system: You are a helpful assistant.
user:
Analyze the provided spectrum to determine if it is a **Carbon Star (C-type)**.

- **Key Visual Indicators of Carbon Star:**
    - **(Primary):** Strong molecular absorption from **C₂ (diatomic carbon) "Swan Bands."** This is the **defining feature** of a carbon star.
        - **(Key Bandheads):** Sharp absorption edges are visible at approximately $5635$ Å, $5165$ Å (the strongest band), and $4737$ Å.
        - **(Line Profile):** Creates a distinct **"saw-tooth"** pattern. The key morphology is a sharp, steep bandhead on the **red (long-wavelength) side**, which then gradually tapers off (i.e., flux recovers) towards the **blue (short-wavelength) side**. *(This is the direct opposite of the TiO bands seen in M-type stars)*.

    - **(Secondary):** Intense **CN (cyanogen)** molecular absorption bands.
        - **(Key Bandheads):** Located in the blue and violet regions of the spectrum (e.g., near $4215$ Å and $3883$ Å).
        - **(Morphology):** These bands are extremely broad and act as a "blanket," absorbing the vast majority of blue and violet light. This creates a characteristic **"cliff"** or **"steep drop-off"** in the spectrum's flux at short wavelengths.

    - **(Key Confirmation):** Strong **CH absorption band (G-band)**.
        - **(Key Bandhead):** Located around $4300$ Å. The contribution from CH molecules to this band is exceptionally strong.

    - **(Overall Spectrum):**
        - The continuum is severely "chopped up" by these deep molecular bands, especially C₂, rather than appearing as a smooth curve.
        - Due to the heavy CN and C₂ absorption in the blue-green, the vast majority of the star's flux is concentrated in the red part of the spectrum, giving the star its characteristic deep red color.

Think first, call **spectral_visualization_tool** if needed to examine features in detail, then provide your final answer. Your response must adhere to the following strict rules:
1.  **Overall Structure:** Your response must follow the format `<think>...</think> <tool_call>...</tool_call> (if a tool is used) <answer>...</answer>`.
2.  **Tool Usage Constraint:** You may only make **one** tool call per turn.
3.  **Final Answer Format:** In the `<answer>` tag, your conclusion must be inside a `\boxed{}` command (e.g., `\boxed{YES}`), followed by your justification.

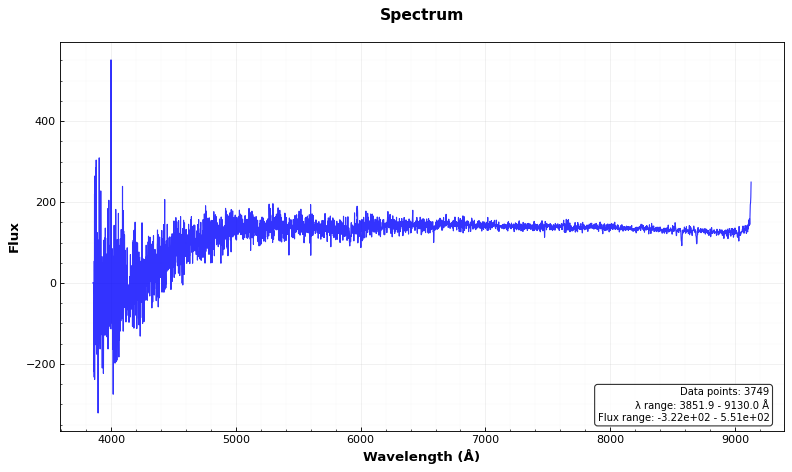
Answer: NO